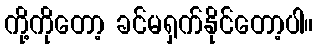
ကို့ကိုတော့ ခင်မရှက်နိုင်တော့ပါ။